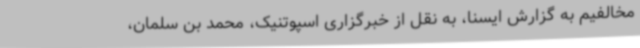
مخالفیم به گزارش ایسنا، به نقل از خبرگزاری اسپوتنیک، محمد بن سلمان،